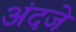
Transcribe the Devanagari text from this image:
अंदजे